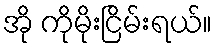
အို ကိုမိုးငြိမ်းရယ်။